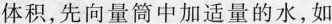
体积，先向量筒中加适量的水，如